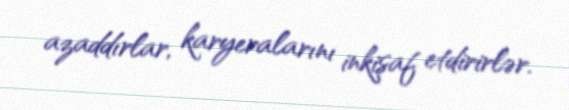
azaddırlar, karyeralarını inkişaf etdirirlər.